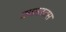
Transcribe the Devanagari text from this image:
प्रयासरतस